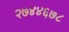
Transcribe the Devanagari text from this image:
२७४४६७८